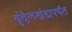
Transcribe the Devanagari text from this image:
बुंदेलखंडापर्यंत